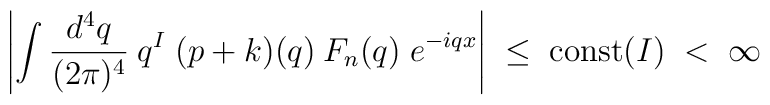
\left| \int \frac{d^4q}{(2 \pi)^4} \:q^I\;(p+k)(q) \:F_n(q) \; e^{-i q x} \right| \;\leq\; {\mbox{const}}(I) \;<\; \infty